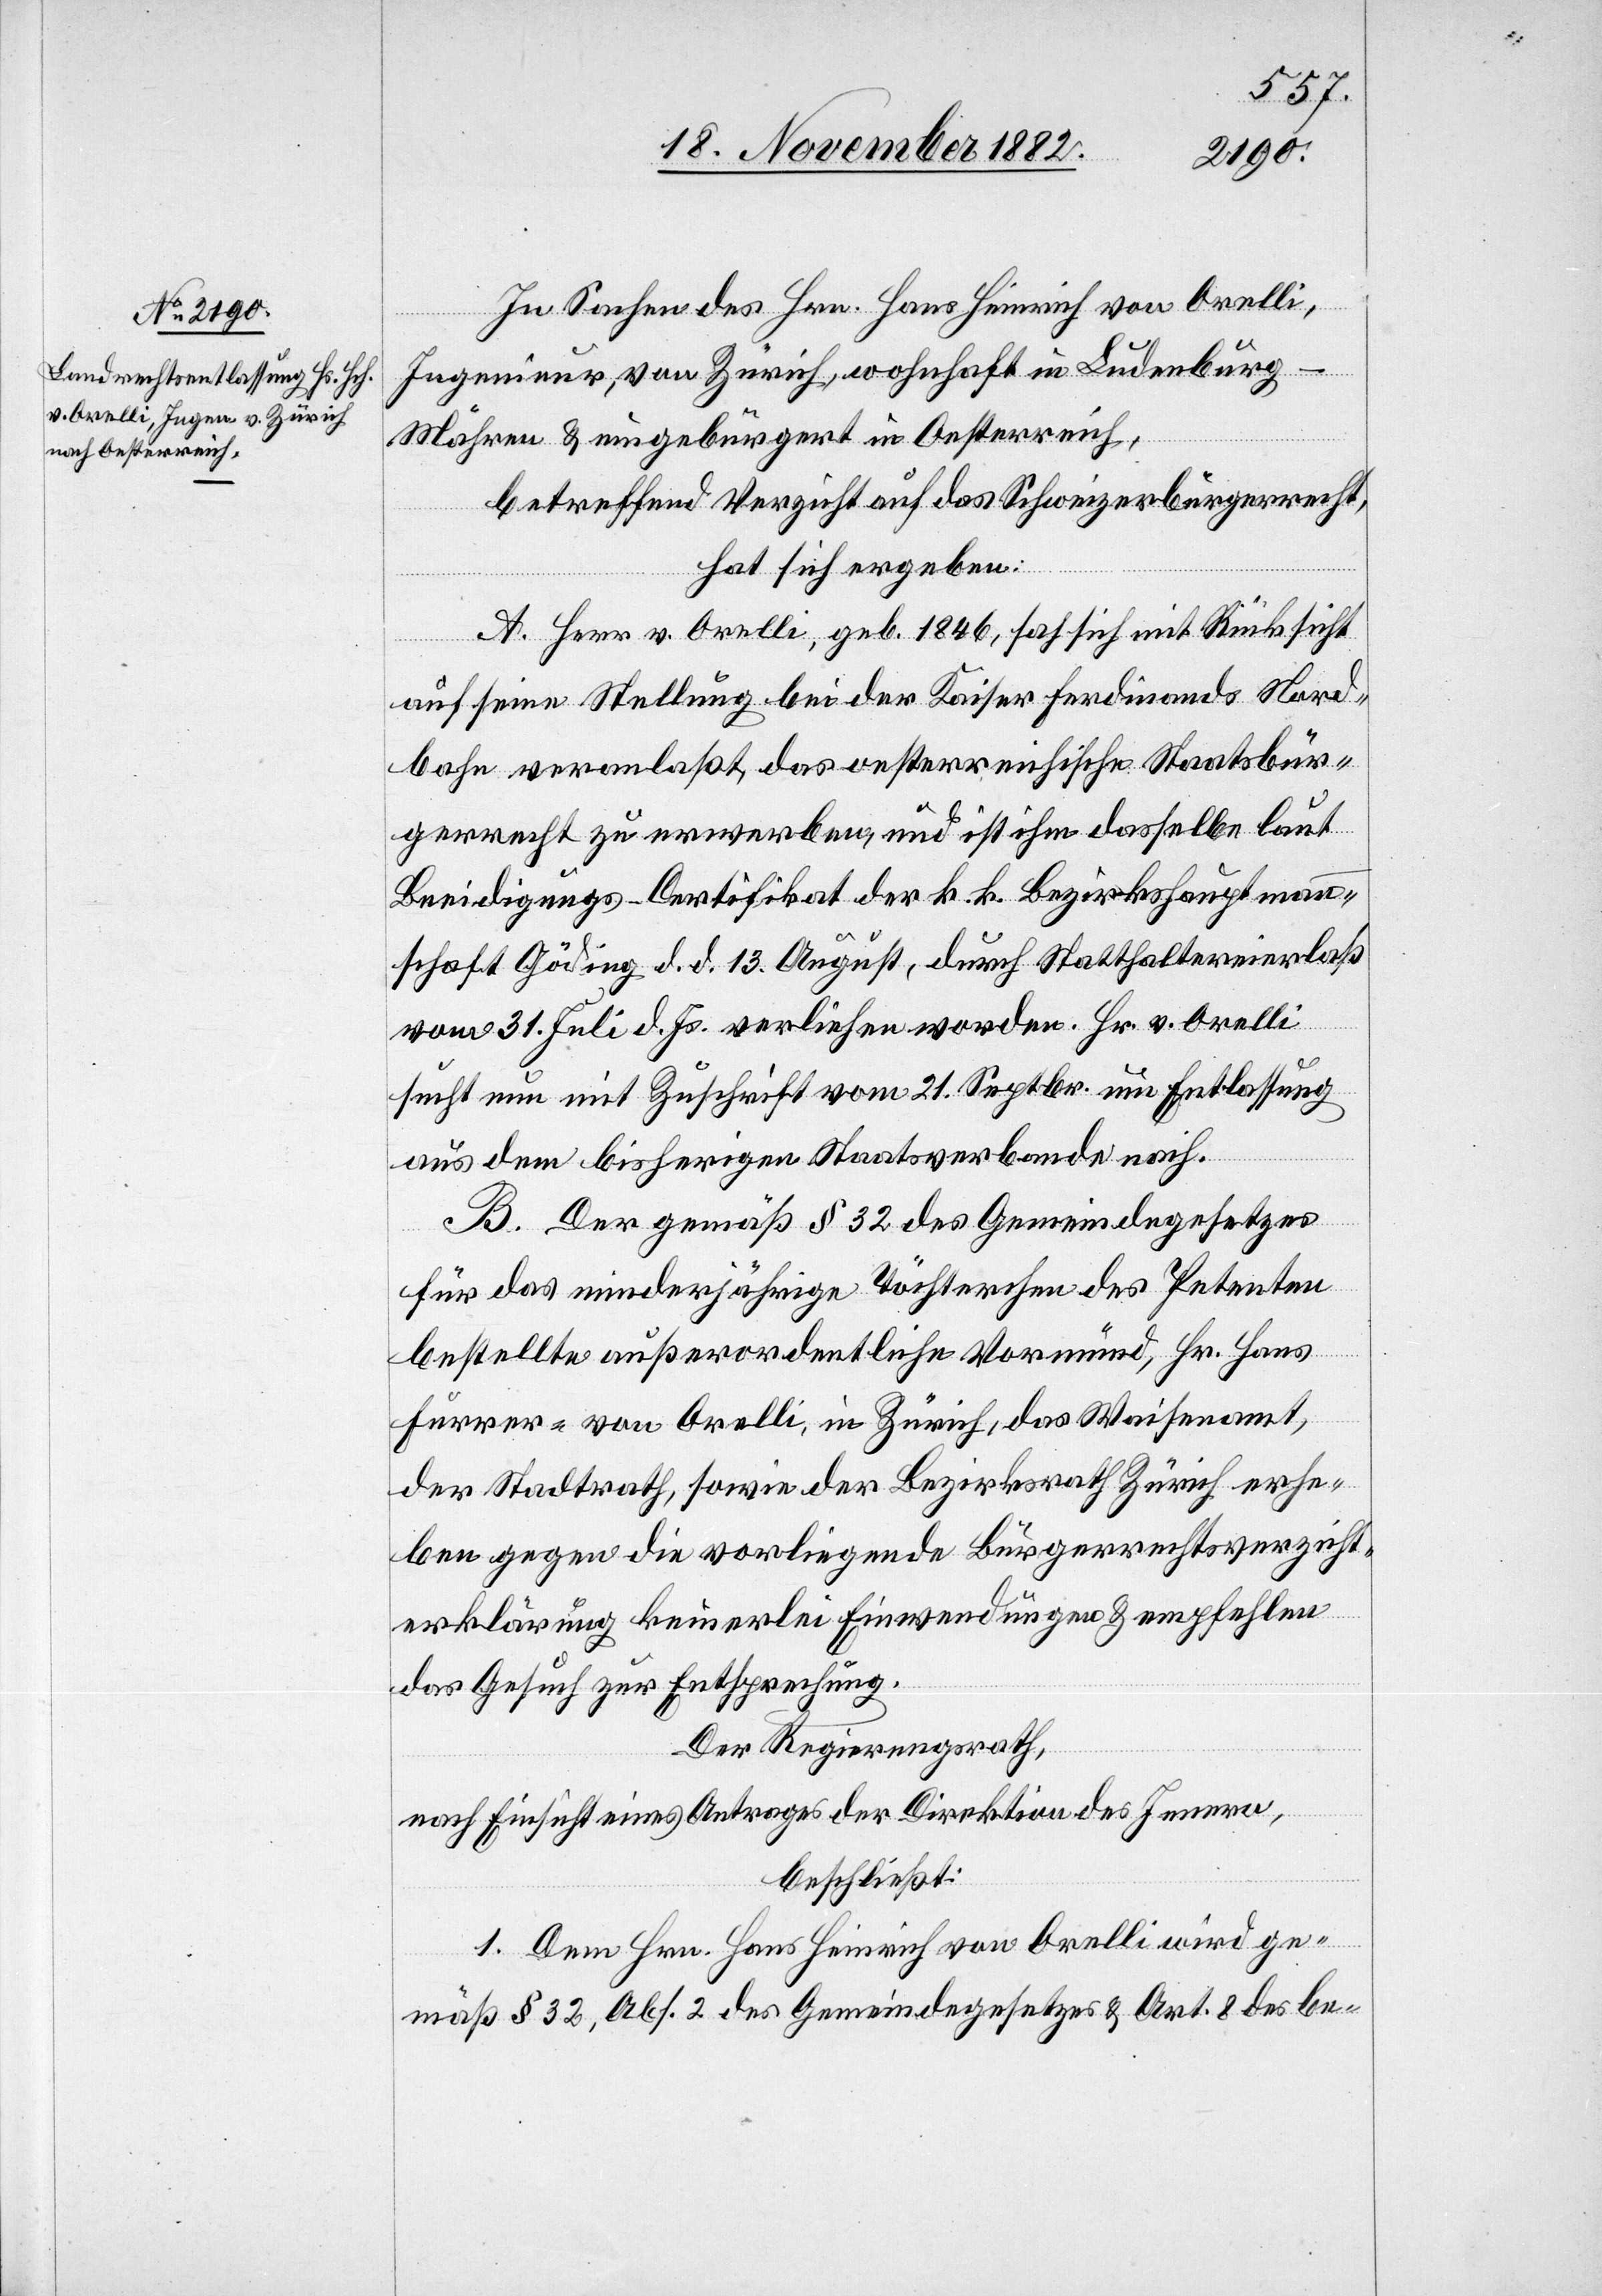
In Sachen des Hrn. Hans Heinrich von Orelli,
Ingenieur, von Zürich, wohnhaft in Ludenburg
Mähren & eingebürgert in Oesterreich,
betreffend Verzicht auf das Schweizerbürgerrecht,
hat sich ergeben:
A. Herr v. Orelli, geb. 1846, sah sich mit Rücksicht
auf seine Stellung bei der Kaiser Ferdinands Nord¬
bahn veranlaßt, das oesterreichische Staatsbür¬
gerrecht zu erwerben, und ist ihm dasselbe laut
Beeidigungs-Certifikat der k. k. Bezirkshauptmann¬
schaft Göding d. d. 13. August, durch Statthaltereierlaß
vom 31. Juli d. Js. verliehen worden. Hr. v. Orelli
sucht nun mit Zuschrift vom 21. Septbr. um Entlassung
aus dem bisherigen Staatsverbande nach.
B. Der gemäß § 32 des Gemeindegesetzes
für das minderjährige Töchterchen des Petenten
bestellte außerordentliche Vormund, Hr. Hans
Furrer-von Orelli, in Zürich, das Waisenamt,
der Stadtrath, sowie der Bezirksrath Zürich erhe¬
ben gegen die vorliegende Bürgerrechtsverzicht¬
erklärung keinerlei Einwendungen & empfehlen
das Gesuch zur Entsprechung.
Der Regierungsrath,
nach Einsicht eines Antrages der Direktion des Innern,
beschließt:
1. Dem Hrn. Hans Heinrich von Orelli wird ge¬
mäß § 32, Abs. 2 des Gemeindegesetzes & Art. 8 des be-